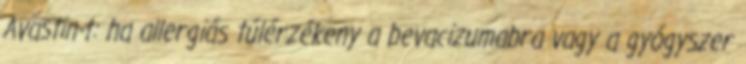
Avastin-t: ha allergiás túlérzékeny a bevacizumabra vagy a gyógyszer